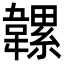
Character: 𩏞